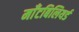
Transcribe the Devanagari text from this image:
माँटबिलियर्ड